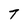
Character: T